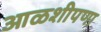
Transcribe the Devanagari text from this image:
आळशीपणा